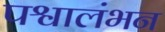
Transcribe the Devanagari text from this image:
पश्वालंभन